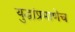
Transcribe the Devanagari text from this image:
युद्धांप्रमाणेच